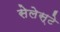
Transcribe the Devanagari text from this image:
सेलेस्टे